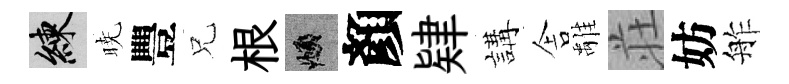
練暁豐兄根頫顏肄講舎𩀌荘妨舴